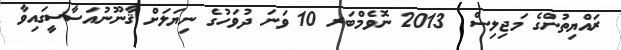
ރައްޔިތުންގެ މަޖިލިސް  2013 ނޮވެމްބަރ 10 ވަނަ ދުވަހުގެ ނިޔަލަށް ޤާނޫނުއަސާސީގައިވާ